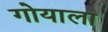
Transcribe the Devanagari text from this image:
गोयाला